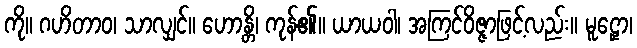
ကို။ ဂဟိတာဝ၊ သာလျှင်။ ဟောန္တိ၊ ကုန်၏။ ယာယဝါ၊ အကြင်ဝိဇ္ဇာဖြင့်လည်း။ မူဠှော၊